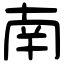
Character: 南